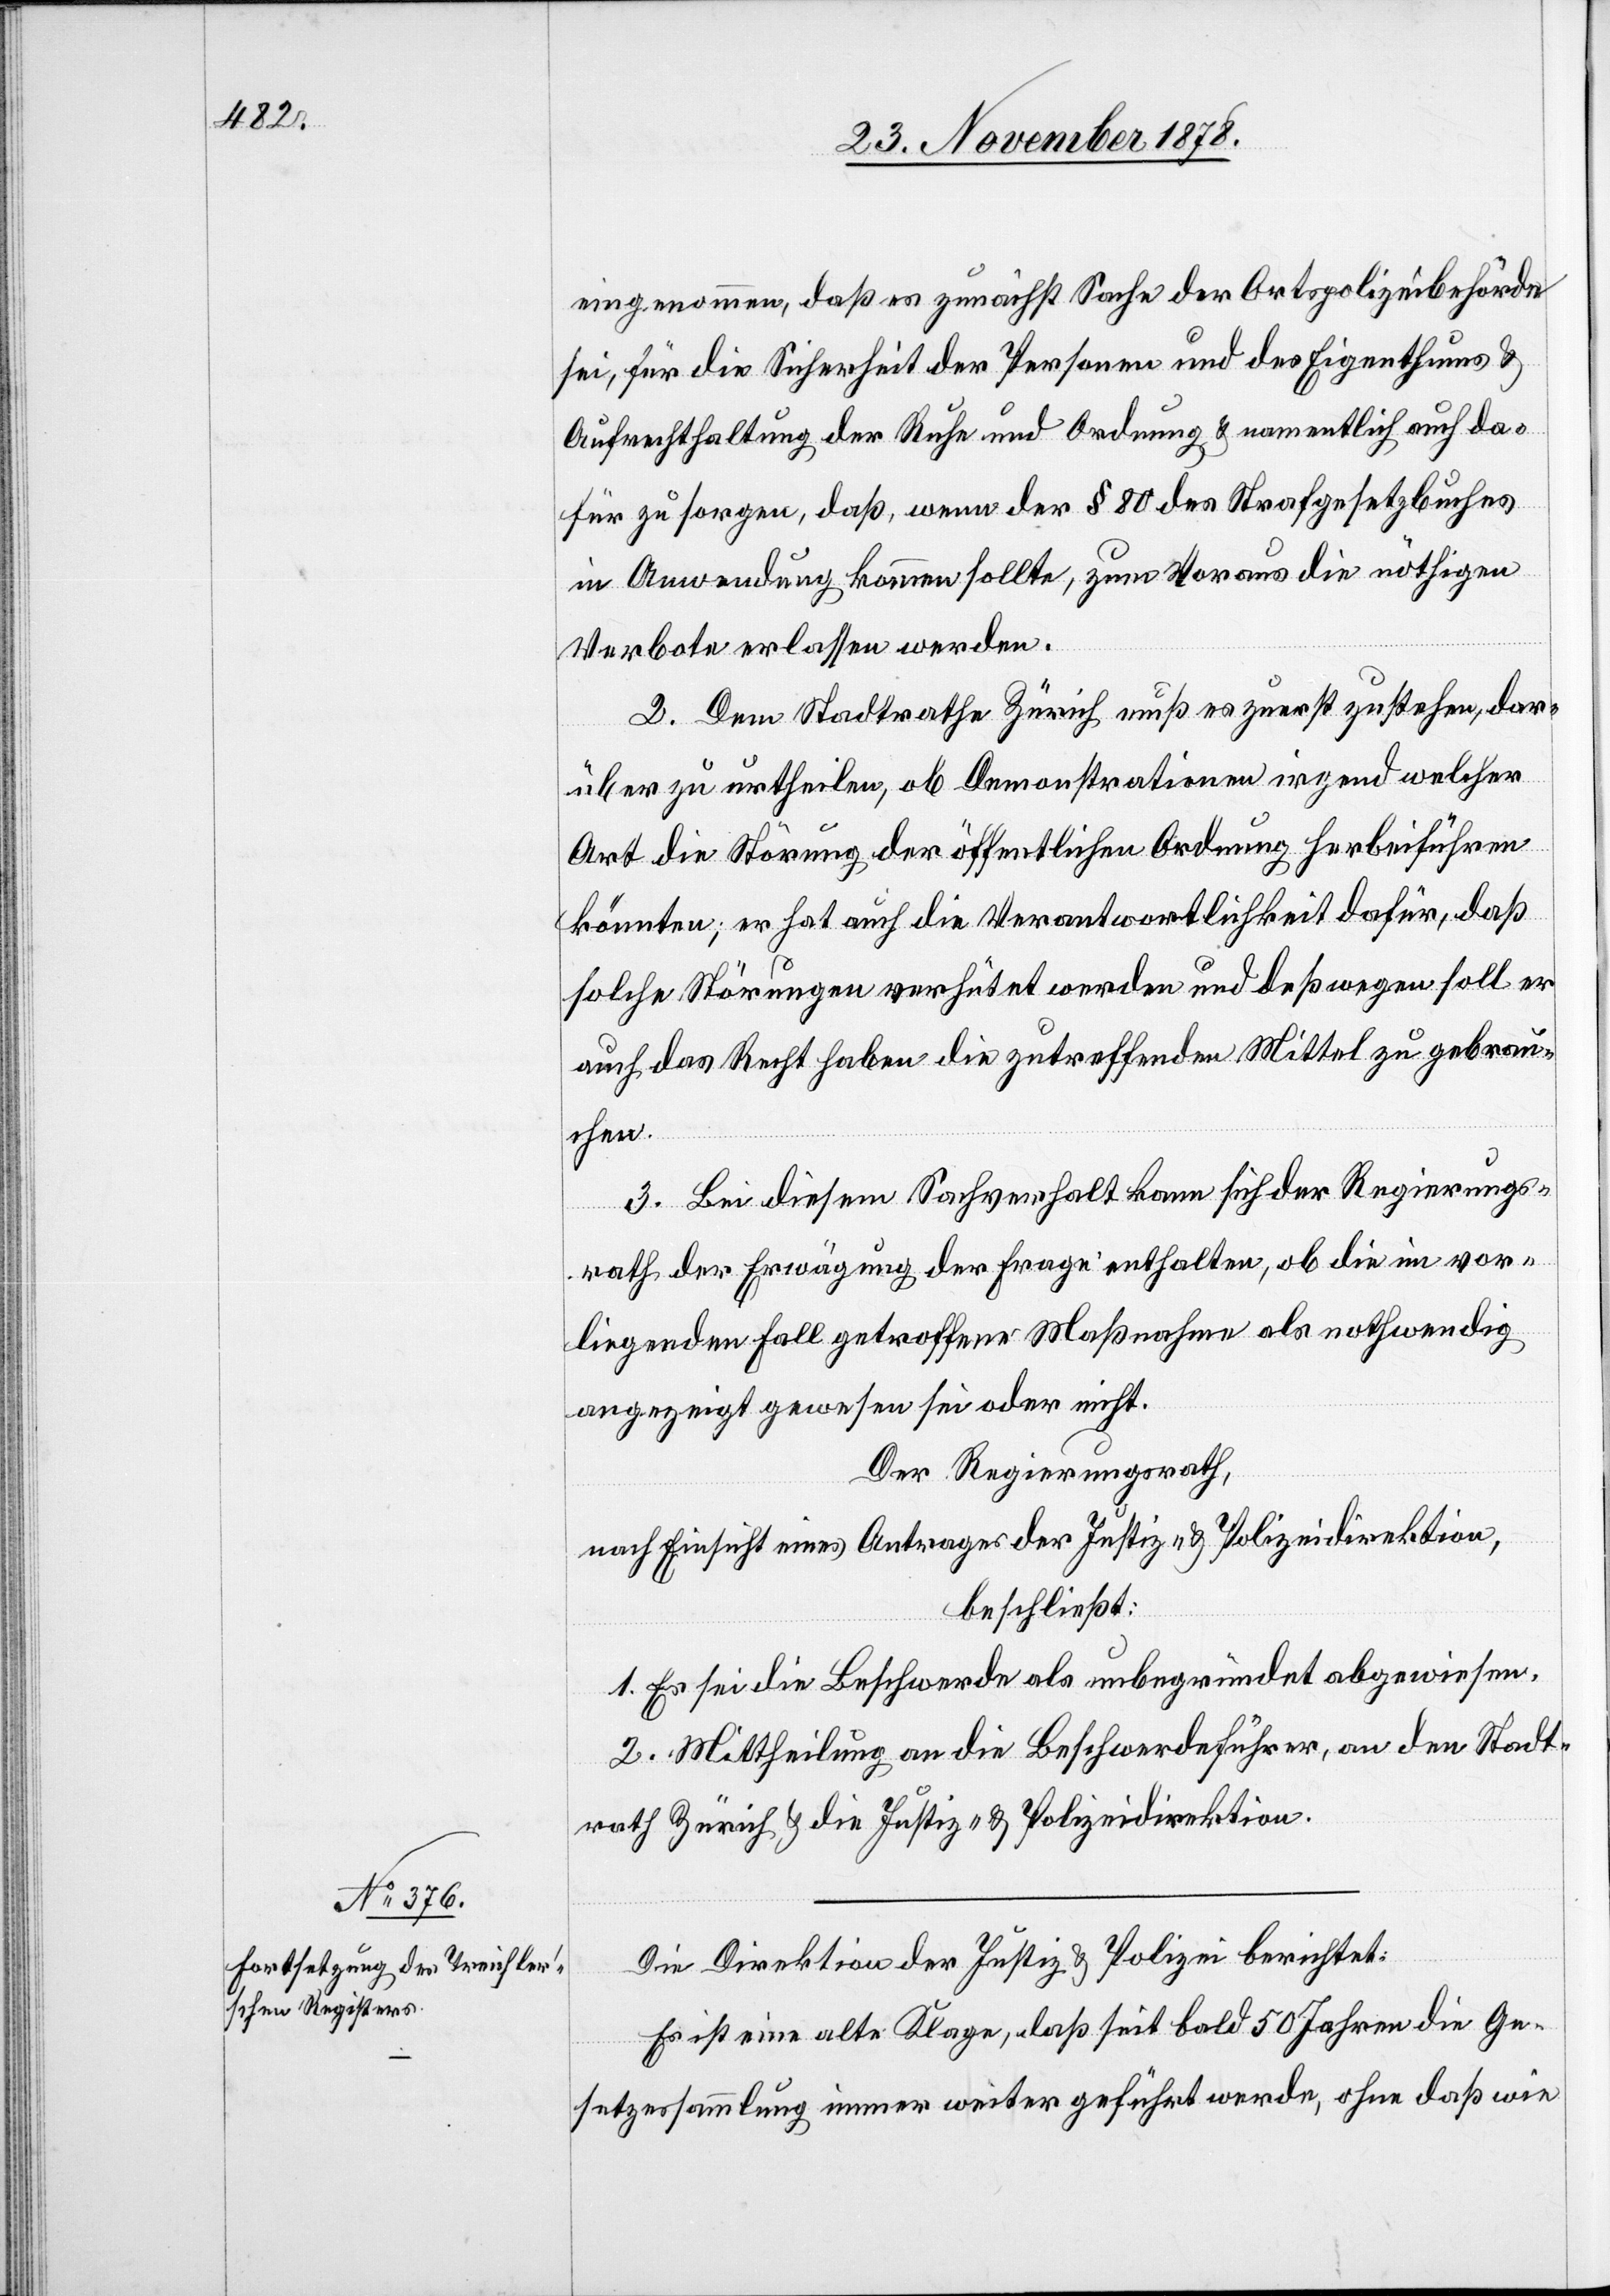
eingenommen, daß es zunächst Sache der Ortspolizeibehörde
sei, für die Sicherheit der Personen und des Eigenthums &
Aufrechthaltung der Ruhe und Ordnung & namentlich auch da¬
für zu sorgen, daß, wenn der § 80 des Strafgesetzbuches
in Anwendung kommen sollte, zum Voraus die nöthigen
Verbote erlassen werde.
2. Dem Stadtrathe Zürich muß es zuerst zustehen, dar¬
über zu urtheilen, ob Demonstrationen irgend welcher
Art die Störung der öffentlichen Ordnung herbeiführen
könnten; er hat auch die Verantwortlichkeit dafür, daß
solche Störungen verhütet werden und deßwegen soll er
auch das Recht haben die zutreffenden Mittel zu gebrau¬
chen.
3. Bei diesem Sachverhalt kann sich der Regierungs¬
rath der Erwägung der Frage enthalten, ob die im vor¬
liegenden Fall getroffene Maßnahme als nothwendig
angezeigt gewesen sei oder nicht.
Der Regierungsrath,
nach Einsicht eines Antrages der Justiz- & Polizeidirektion,
beschließt:
1. Es sei die Beschwerde als unbegründet abgewiesen.
2. Mittheilung an die Beschwerdeführer, an den Stadt¬
rath Zürich & die Justiz- & Polizeidirektion.
Die Direktion der Justiz & Polizei berichtet:
Es ist eine alte Klage, daß seit bald 50 Jahren die Ge¬
setzesssammlung immer weiter geführt werde, ohne daß wie